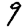
Digit: 9